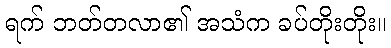
ရက် ဘတ်တလာ၏ အသံက ခပ်တိုးတိုး။